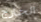
الخارج